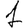
Digit: 1